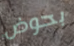
بحوض